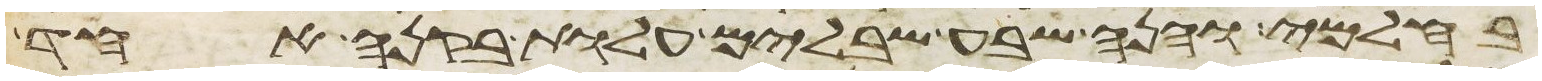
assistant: בחלמי והנה שבע שבלים עלות בקנה אחד